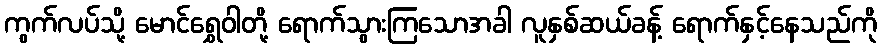
ကွက်လပ်သို့ မောင်ရွှေဝါတို့ ရောက်သွားကြသောအခါ လူနှစ်ဆယ်ခန့် ရောက်နှင့်နေသည်ကို